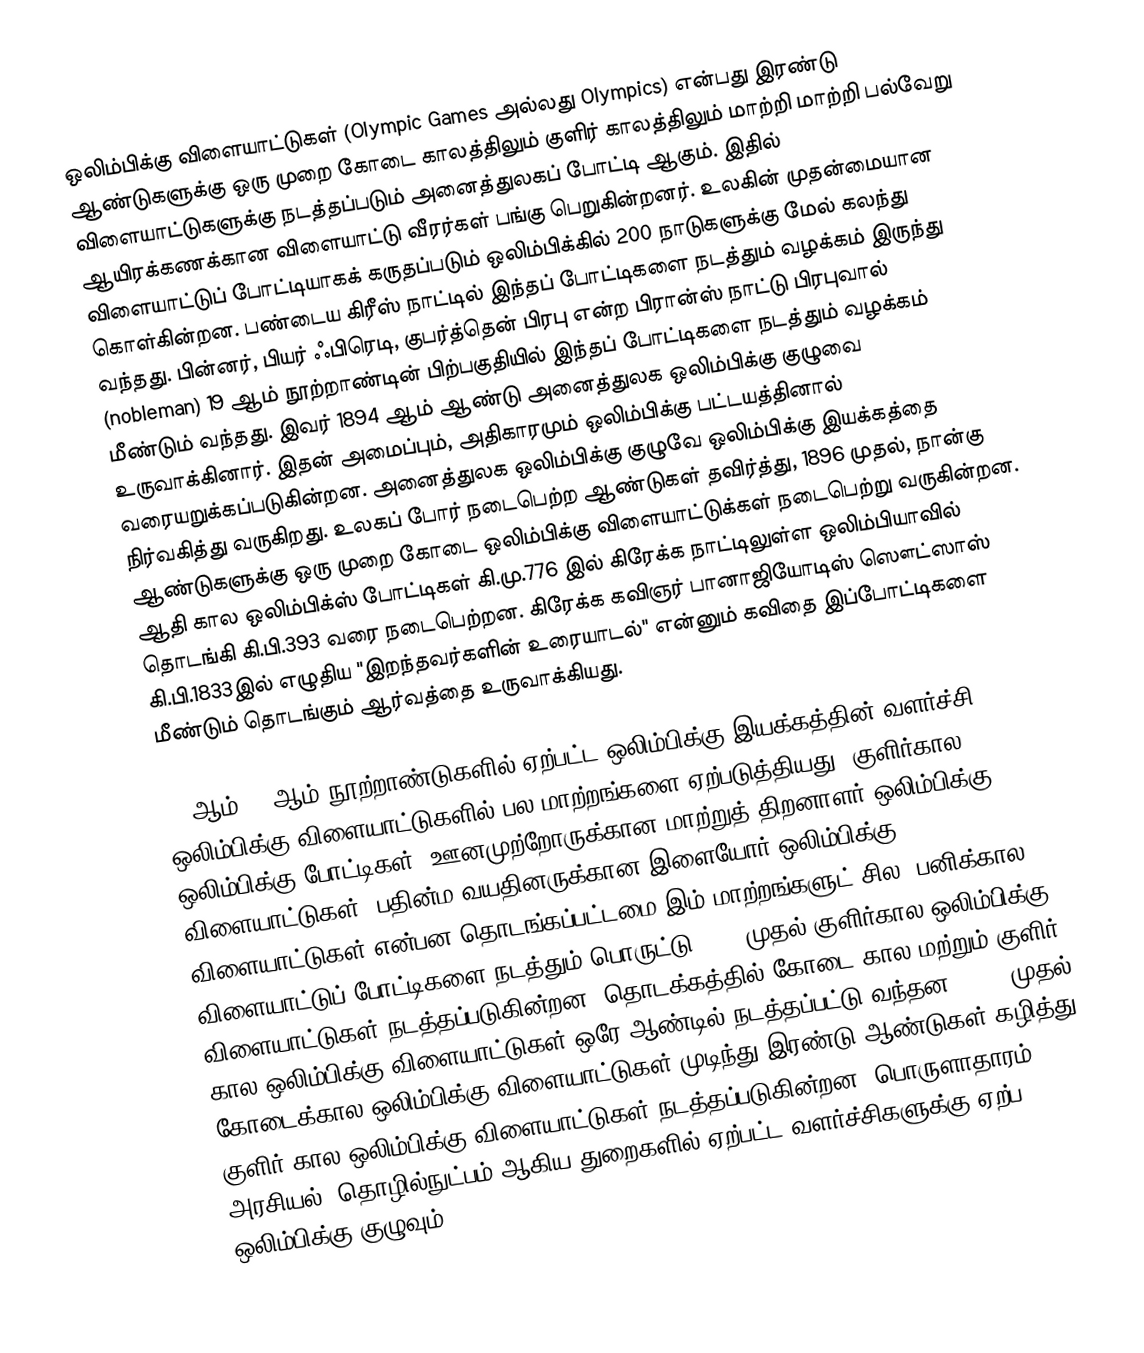
ஒலிம்பிக்கு விளையாட்டுகள் (Olympic Games அல்லது Olympics) என்பது இரண்டு ஆண்டுகளுக்கு ஒரு முறை கோடை காலத்திலும் குளிர் காலத்திலும் மாற்றி மாற்றி பல்வேறு விளையாட்டுகளுக்கு நடத்தப்படும் அனைத்துலகப் போட்டி ஆகும். இதில் ஆயிரக்கணக்கான விளையாட்டு வீரர்கள் பங்கு பெறுகின்றனர். உலகின் முதன்மையான விளையாட்டுப் போட்டியாகக் கருதப்படும் ஒலிம்பிக்கில் 200 நாடுகளுக்கு மேல் கலந்து கொள்கின்றன. பண்டைய கிரீஸ் நாட்டில் இந்தப் போட்டிகளை நடத்தும் வழக்கம் இருந்து வந்தது. பின்னர், பியர் ஃபிரெடி, குபர்த்தென் பிரபு என்ற பிரான்ஸ் நாட்டு பிரபுவால் (nobleman) 19 ஆம் நூற்றாண்டின் பிற்பகுதியில் இந்தப் போட்டிகளை நடத்தும் வழக்கம் மீண்டும் வந்தது. இவர் 1894 ஆம் ஆண்டு அனைத்துலக ஒலிம்பிக்கு குழுவை உருவாக்கினார். இதன் அமைப்பும், அதிகாரமும் ஒலிம்பிக்கு பட்டயத்தினால் வரையறுக்கப்படுகின்றன. அனைத்துலக ஒலிம்பிக்கு குழுவே ஒலிம்பிக்கு இயக்கத்தை நிர்வகித்து வருகிறது. உலகப் போர் நடைபெற்ற ஆண்டுகள் தவிர்த்து, 1896 முதல், நான்கு ஆண்டுகளுக்கு ஒரு முறை கோடை ஒலிம்பிக்கு விளையாட்டுக்கள் நடைபெற்று வருகின்றன. ஆதி கால ஒலிம்பிக்ஸ் போட்டிகள் கி.மு.776 இல் கிரேக்க நாட்டிலுள்ள ஒலிம்பியாவில் தொடங்கி கி.பி.393 வரை நடைபெற்றன. கிரேக்க கவிஞர் பானாஜியோடிஸ் ஸௌட்ஸாஸ் கி.பி.1833இல் எழுதிய "இறந்தவர்களின் உரையாடல்" என்னும் கவிதை இப்போட்டிகளை மீண்டும் தொடங்கும் ஆர்வத்தை உருவாக்கியது.

20 ஆம் 21 ஆம் நூற்றாண்டுகளில் ஏற்பட்ட ஒலிம்பிக்கு இயக்கத்தின் வளர்ச்சி ஒலிம்பிக்கு விளையாட்டுகளில் பல மாற்றங்களை ஏற்படுத்தியது. குளிர்கால ஒலிம்பிக்கு போட்டிகள், ஊனமுற்றோருக்கான மாற்றுத் திறனாளர் ஒலிம்பிக்கு விளையாட்டுகள், பதின்ம வயதினருக்கான இளையோர் ஒலிம்பிக்கு விளையாட்டுகள் என்பன தொடங்கப்பட்டமை இம் மாற்றங்களுட் சில. பனிக்கால விளையாட்டுப் போட்டிகளை நடத்தும் பொருட்டு 1924 முதல் குளிர்கால ஒலிம்பிக்கு விளையாட்டுகள் நடத்தப்படுகின்றன. தொடக்கத்தில் கோடை கால மற்றும் குளிர் கால ஒலிம்பிக்கு விளையாட்டுகள் ஒரே ஆண்டில் நடத்தப்பட்டு வந்தன. 1994 முதல் கோடைக்கால ஒலிம்பிக்கு விளையாட்டுகள் முடிந்து இரண்டு ஆண்டுகள் கழித்து குளிர் கால ஒலிம்பிக்கு விளையாட்டுகள் நடத்தப்படுகின்றன. பொருளாதாரம், அரசியல், தொழில்நுட்பம் ஆகிய துறைகளில் ஏற்பட்ட வளர்ச்சிகளுக்கு ஏற்ப ஒலிம்பிக்கு குழுவும்